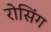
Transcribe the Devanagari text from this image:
रोसिंग